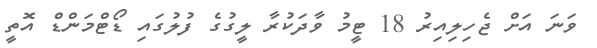
ވަނަ އަށް ޖެހިލިއިރު 18 ޓީމު ވާދަކުރާ ލީގުގެ ފުލުގައި ޑޯޓްމަންޑް އޮތީ